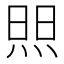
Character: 𬊘